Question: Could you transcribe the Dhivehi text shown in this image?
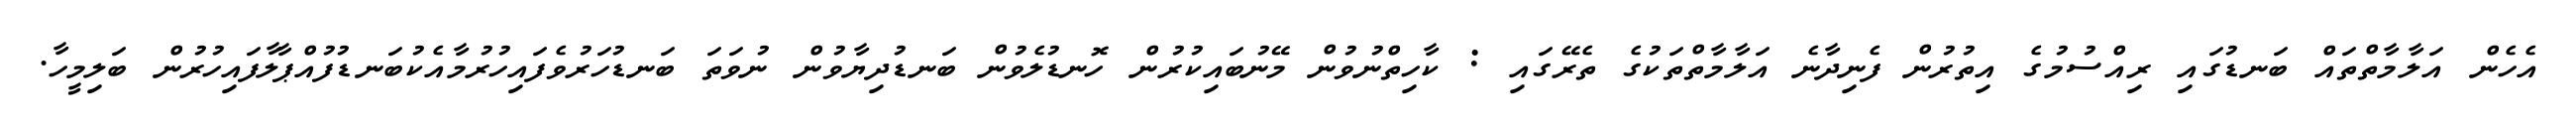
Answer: އެހެން އަލާމާތްތައް ބަނޑުގައި ރިއްސުމުގެ އިތުރުން ފެނިދާނެ އަލާމާތްތަކުގެ ތެރޭގައި : ކާހިތްނުވުން މޭނުބައިކުރުން ހޮނޑުލެވުން ބަނޑުދިޔާވުން ނުވަތަ ބަނޑުހަރުވެފައިހުރުމާއެކުބަނޑުފުއްޕާލާފައިހުރުން ބަލިމީހާ.